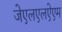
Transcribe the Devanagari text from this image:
जेएलएलऐएम